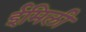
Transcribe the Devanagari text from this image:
ईमिली